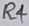
Text: R4